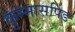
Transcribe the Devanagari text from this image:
कुम्मासपिंड